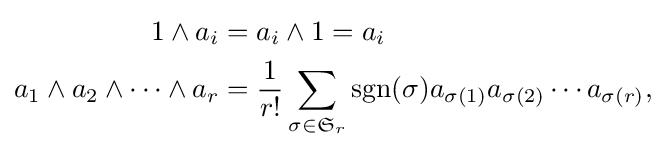
{\begin{aligned}1\wedge a_{i}&=a_{i}\wedge 1=a_{i}\\a_{1}\wedge a_{2}\wedge \cdots \wedge a_{r}&={\frac {1}{r!}}\sum _{\sigma \in {\mathfrak {S}}_{r}}\operatorname {sgn} (\sigma )a_{\sigma (1)}a_{\sigma (2)}\cdots a_{\sigma (r)},\end{aligned}}